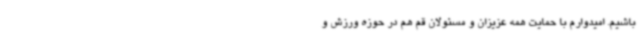
باشیم. امیدوارم با حمایت همه عزیزان و مسئولان قم هم در حوزه ورزش و